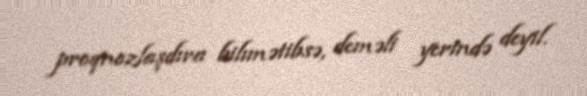
proqnozlaşdıra bilımətibsə, deməli yerində deyil.